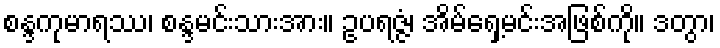
စန္ဒကုမာရဿ၊ စန္ဒမင်းသားအား။ ဥပရဇ္ဇံ၊ အိမ်ရှေ့မင်းအဖြစ်ကို။ ဒတွာ၊